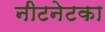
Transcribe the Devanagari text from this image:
नीटनेटका